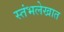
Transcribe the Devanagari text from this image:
स्तंभलेखात